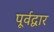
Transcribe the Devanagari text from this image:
पूर्वद्वार